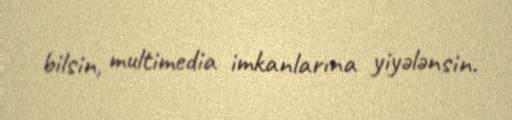
bilsin, multimedia imkanlarına yiyələnsin.